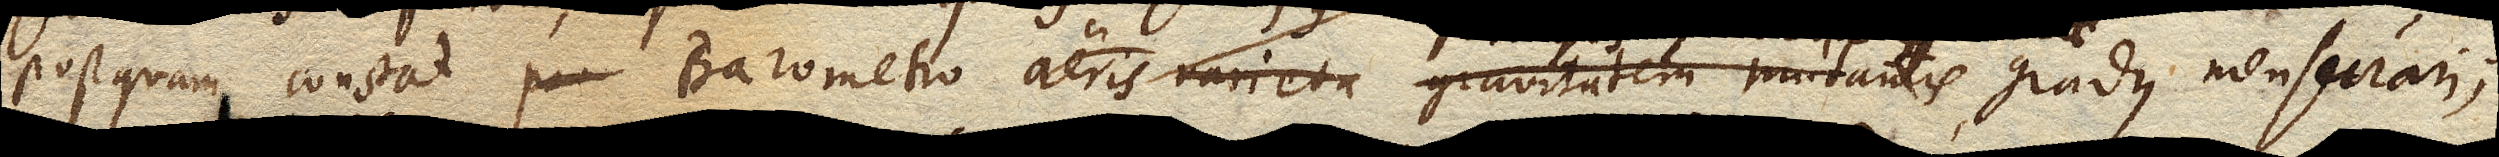
postquam constat Barometro aeris varieta gravitatem mutantis varietatis observari,